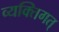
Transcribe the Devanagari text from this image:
व्यक्तिगत्